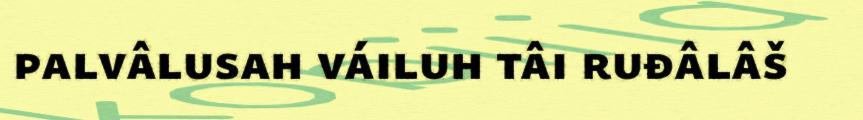
palvâlusah váiluh tâi ruđâlâš